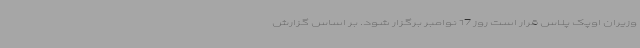
وزیران اوپک پلاس قرار است روز 17 نوامبر برگزار شود. بر اساس گزارش